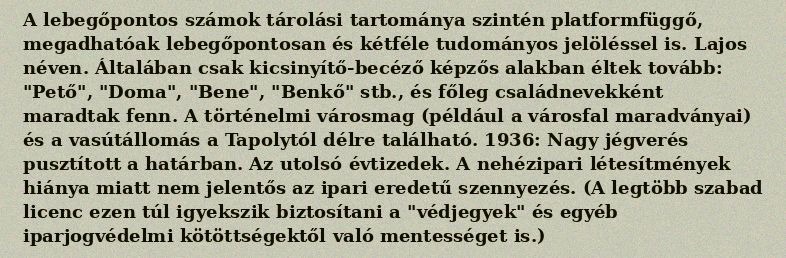
A lebegőpontos számok tárolási tartománya szintén platformfüggő, megadhatóak lebegőpontosan és kétféle tudományos jelöléssel is. Lajos néven. Általában csak kicsinyítő-becéző képzős alakban éltek tovább: "Pető", "Doma", "Bene", "Benkő" stb., és főleg családnevekként maradtak fenn. A történelmi városmag (például a városfal maradványai) és a vasútállomás a Tapolytól délre található. 1936: Nagy jégverés pusztított a határban. Az utolsó évtizedek. A nehézipari létesítmények hiánya miatt nem jelentős az ipari eredetű szennyezés. (A legtöbb szabad licenc ezen túl igyekszik biztosítani a "védjegyek" és egyéb iparjogvédelmi kötöttségektől való mentességet is.)